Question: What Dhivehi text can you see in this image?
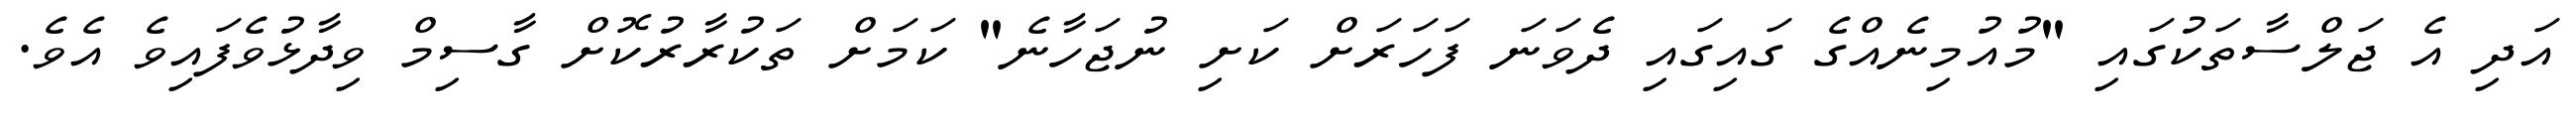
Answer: އަދި އެ ޖަލްސާތަކުގައި "މުއުމިނެއްގެ ގައިގައި ދެވަނަ ފަހަރަށް ކަށި ނުޖަހާނެ" ކަމަށް ތަކުރާރުކޮށް ގާސިމް ވިދާޅުވެފައިވެ އެވެ.